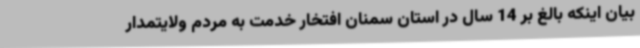
بیان اینکه بالغ بر 14 سال در استان سمنان افتخار خدمت به مردم ولایتمدار